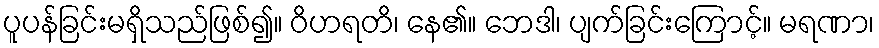
ပူပန်ခြင်းမရှိသည်ဖြစ်၍။ ဝိဟရတိ၊ နေ၏။ ဘေဒါ၊ ပျက်ခြင်းကြောင့်။ မရဏာ၊